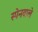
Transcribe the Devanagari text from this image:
स्पेनवाले